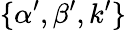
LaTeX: \{ \alpha^{\prime},\beta^{\prime},k^{\prime}\}